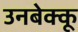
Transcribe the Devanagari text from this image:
उनबेक्कू